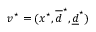
v ^ { \star } = ( x ^ { \star } , \overline { d } ^ { \star } , \underline { d } ^ { \star } )